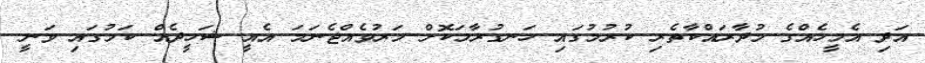
އަދި އެމީހެއްގެ މުދާރައްކާތެރި ކުރުމުގައި ހަނގުރާމަކޮށް މަރުވެއްޖެނަމަ އެއީ ޝަހީދެއް ކަމުގައި ވަނީ